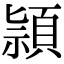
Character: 頴